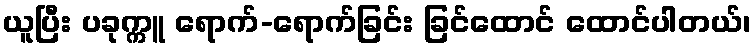
ယူပြီး ပခုက္ကူ ရောက်-ရောက်ခြင်း ခြင်ထောင် ထောင်ပါတယ်၊